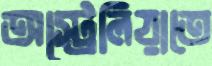
অস্ট্রেলিয়াতে